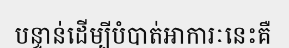
បន្ទាន់ដើម្បីបំបាត់អាការៈនេះគឺ